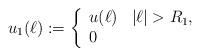
LaTeX: \begin{align*}u_{1}(\ell) := \left\{\begin{array}{ll}u(\ell) & |\ell| > R_{1}, \\0 & \end{array}\right.\end{align*}